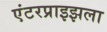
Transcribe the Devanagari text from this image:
एंटरप्राइझला